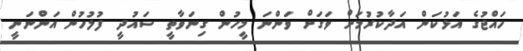
ހައްޖުގެ އަޅުކަން އަދާކުރުމަށް ވަގަށް ވަންނަ މީހުން ގިނަވާތީ ސައުދީ ފުލުހުން އަންނަނީ